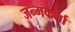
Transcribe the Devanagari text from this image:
जन्मकर्ता